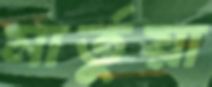
মার্তুয়া